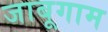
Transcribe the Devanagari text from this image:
जाबूगाम